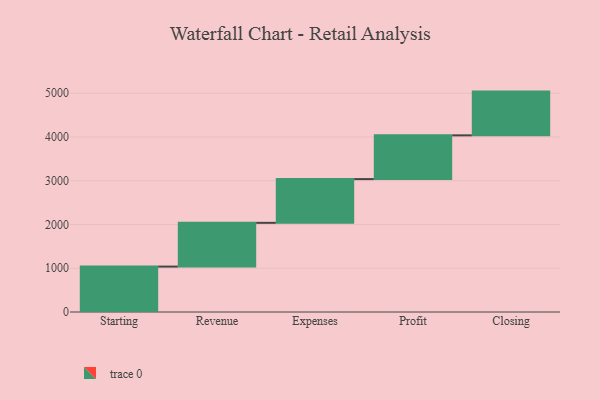
{"axis": {"x": "Step", "y": "Value"}, "legend": [""], "data": [{"x": "Starting", "y": 1038.0, "type": ""}, {"x": "Revenue", "y": 1000, "type": ""}, {"x": "Expenses", "y": 1000, "type": ""}, {"x": "Profit", "y": 1000, "type": ""}, {"x": "Closing", "y": 1000, "type": ""}]}